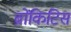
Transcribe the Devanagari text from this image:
ब्रोंकिटिस